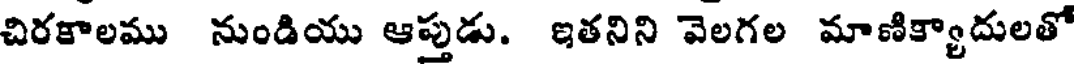
చిరకాలము నుండియు ఆప్తుడు. ఇతనిని వెలగల మాణిక్యాదులతో